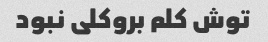
توش کلم بروکلی نبود